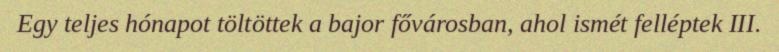
Egy teljes hónapot töltöttek a bajor fővárosban, ahol ismét felléptek III.